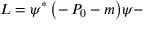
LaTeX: { \cal L } = \psi ^ { * } \, \bigl ( - \, P _ { 0 } - m \bigr ) \psi -